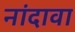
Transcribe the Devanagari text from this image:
नांदावा